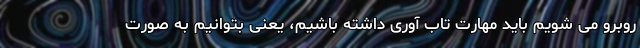
روبرو می شویم باید مهارت تاب آوری داشته باشیم، یعنی بتوانیم به صورت